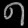
Digit: ၈